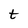
Character: t